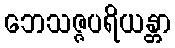
ဘေသဇ္ဇပရိယန္တာ